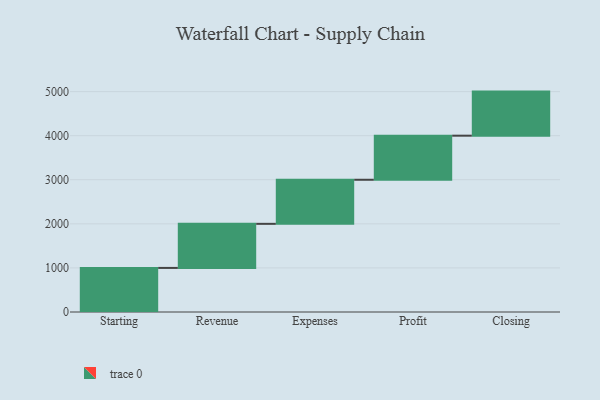
{"axis": {"x": "Step", "y": "Value"}, "legend": [""], "data": [{"x": "Starting", "y": 1000, "type": ""}, {"x": "Revenue", "y": 1000, "type": ""}, {"x": "Expenses", "y": 1000, "type": ""}, {"x": "Profit", "y": 1000, "type": ""}, {"x": "Closing", "y": 1000, "type": ""}]}